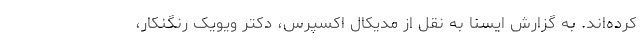
کرده‌اند. به گزارش ایسنا به نقل از مدیکال اکسپرس، دکتر ویویک رنگنکار،